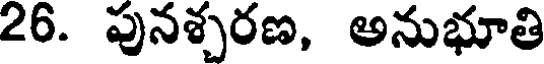
26. పునశ్చరణ, అనుభూతి